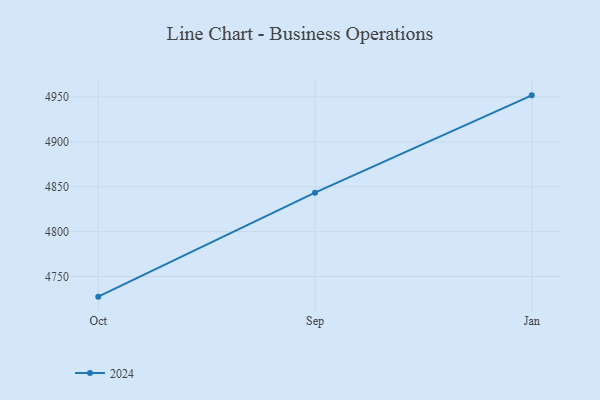
{"axis": {"x": "Month", "y": "Latency (ms)"}, "legend": ["2024"], "data": [{"x": "Oct", "y": 4727.6, "type": "2024"}, {"x": "Sep", "y": 4843.4, "type": "2024"}, {"x": "Jan", "y": 4951.8, "type": "2024"}]}